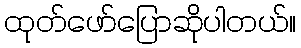
ထုတ်ဖော်ပြောဆိုပါတယ်။